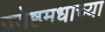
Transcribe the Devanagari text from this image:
ज्येष्ठमधाच्या